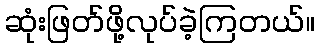
ဆုံးဖြတ်ဖို့လုပ်ခဲ့ကြတယ်။